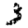
Digit: 3